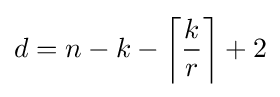
d=n-k-\left\lceil {\frac {k}{r}}\right\rceil +2